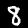
Label: 8